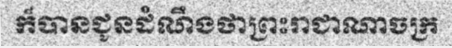
ក៏បានជូនដំណឹងថាព្រះរាជាណាចក្រ